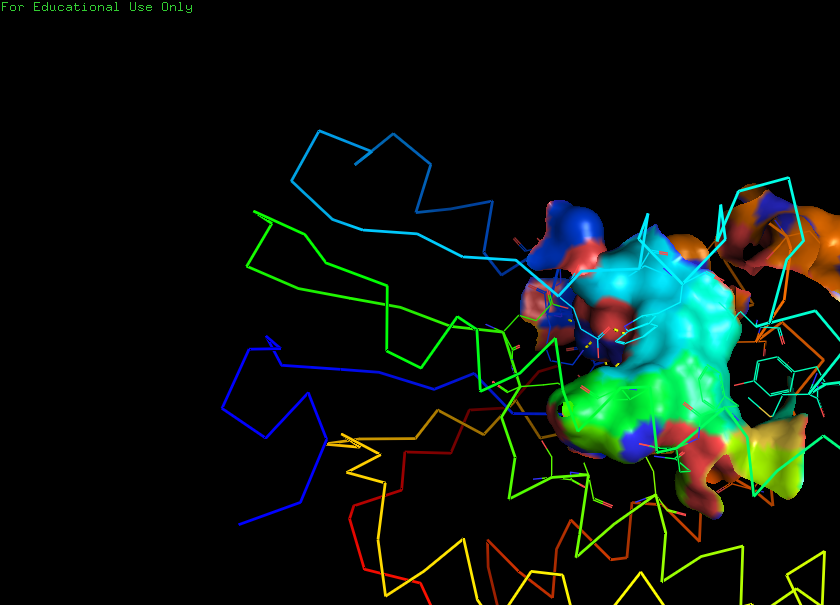
pymol, preset, ligand_sites_hq